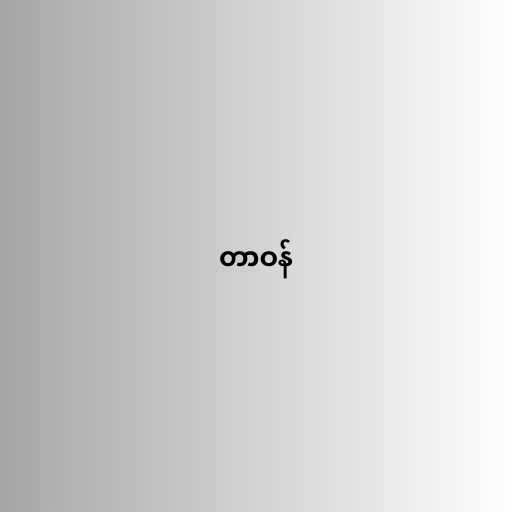
တာဝန်